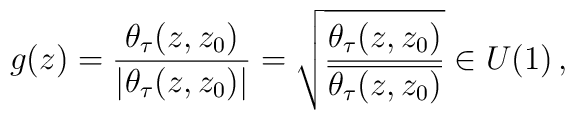
g (z) = \frac{\theta_\tau (z,z_0)}{|\theta_\tau(z,z_0)|} = \sqrt{\frac{\theta_\tau(z,z_0)}{\overline{\theta_\tau(z,z_0)}}} \in U(1) \, ,